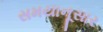
સમયાનૂસાર